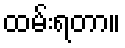
ထမ်းရတာ။